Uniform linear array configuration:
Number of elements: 12
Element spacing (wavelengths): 1
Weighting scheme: binomial
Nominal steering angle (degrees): -30
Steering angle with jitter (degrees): -30.992
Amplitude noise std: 0.05
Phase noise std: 0.05

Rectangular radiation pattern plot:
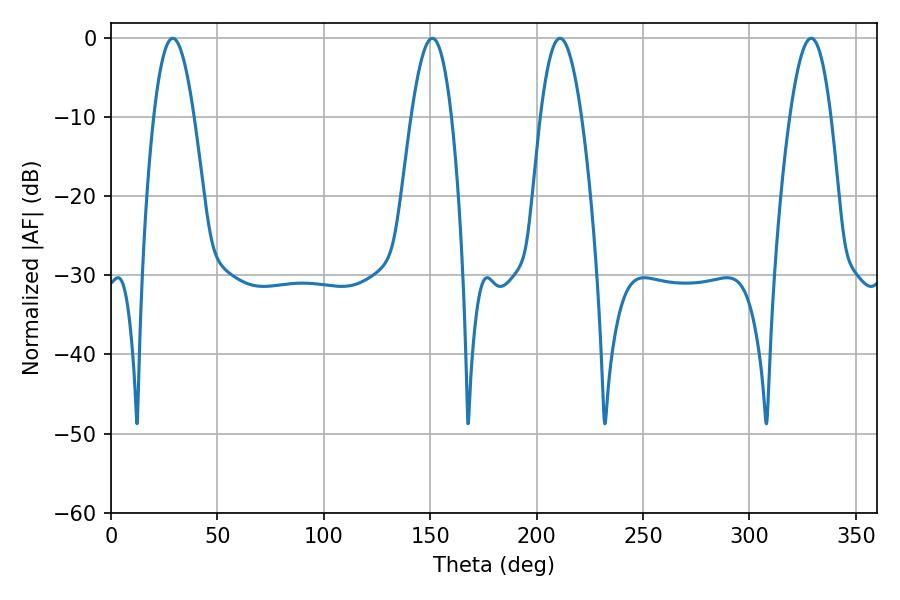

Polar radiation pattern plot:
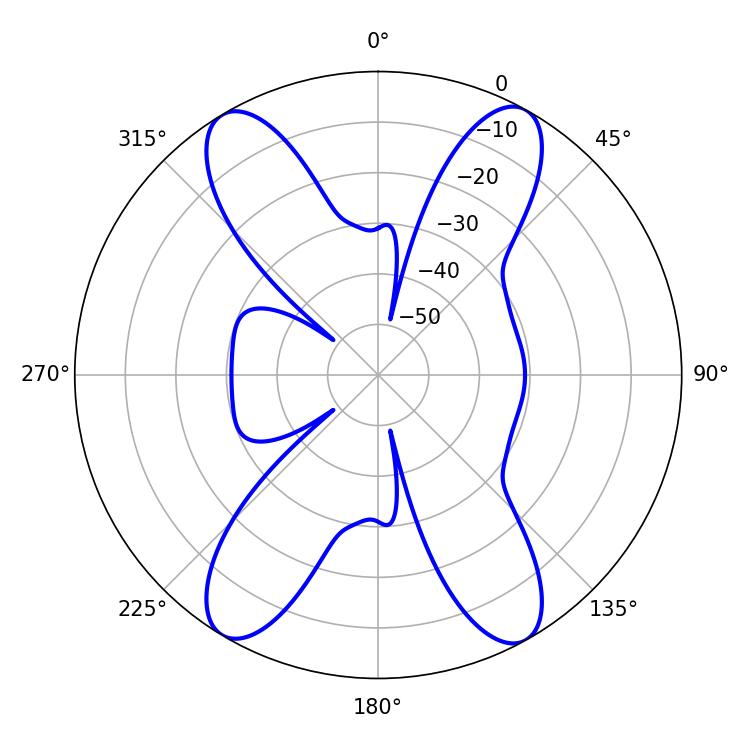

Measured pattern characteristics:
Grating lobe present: TRUE
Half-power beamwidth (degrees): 10.44
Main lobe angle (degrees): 210.96